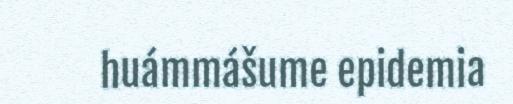
huámmášume epidemia